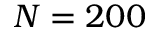
N = 2 0 0